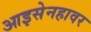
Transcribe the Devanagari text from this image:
आइसेनहावर